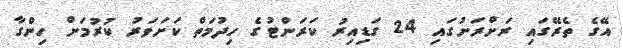
އޭގެ ތެރޭގައި ރަށްރަށުގައި 24 ގަޑިއިރު ކަރަންޓުގެ ހިދުމަތް ކަށަވަރު ކުރުމަށް ހިންގާ